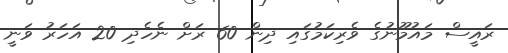
ރައީސް މައުމޫނުގެ ވެރިކަމުގައި ދިން 60 ރަށް ނެހެދި 20 އަހަރު ވަނީ